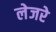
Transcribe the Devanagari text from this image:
लेजरे